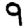
Digit: 9